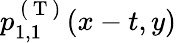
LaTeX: p_{1,1}^{\mathrm{~(~T~)~}}(x-t,y)